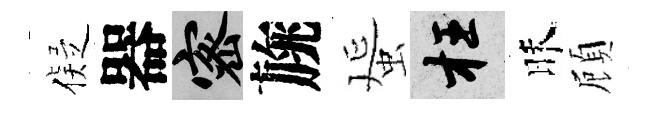
儗器密旐蜑枉昧頋